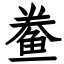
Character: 鲞